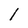
Character: 1